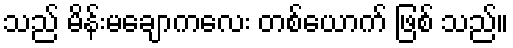
သည် မိန်းမချောကလေး တစ်ယောက် ဖြစ် သည်။